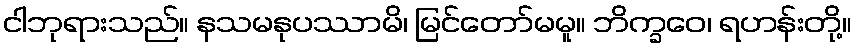
ငါဘုရားသည်။ နသမနုပဿာမိ၊ မြင်တော်မမူ။ ဘိက္ခဝေ၊ ရဟန်းတို့။